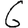
Digit: 6